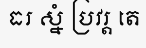
ធរ ស្នំ ប្រវរ្ត តេ